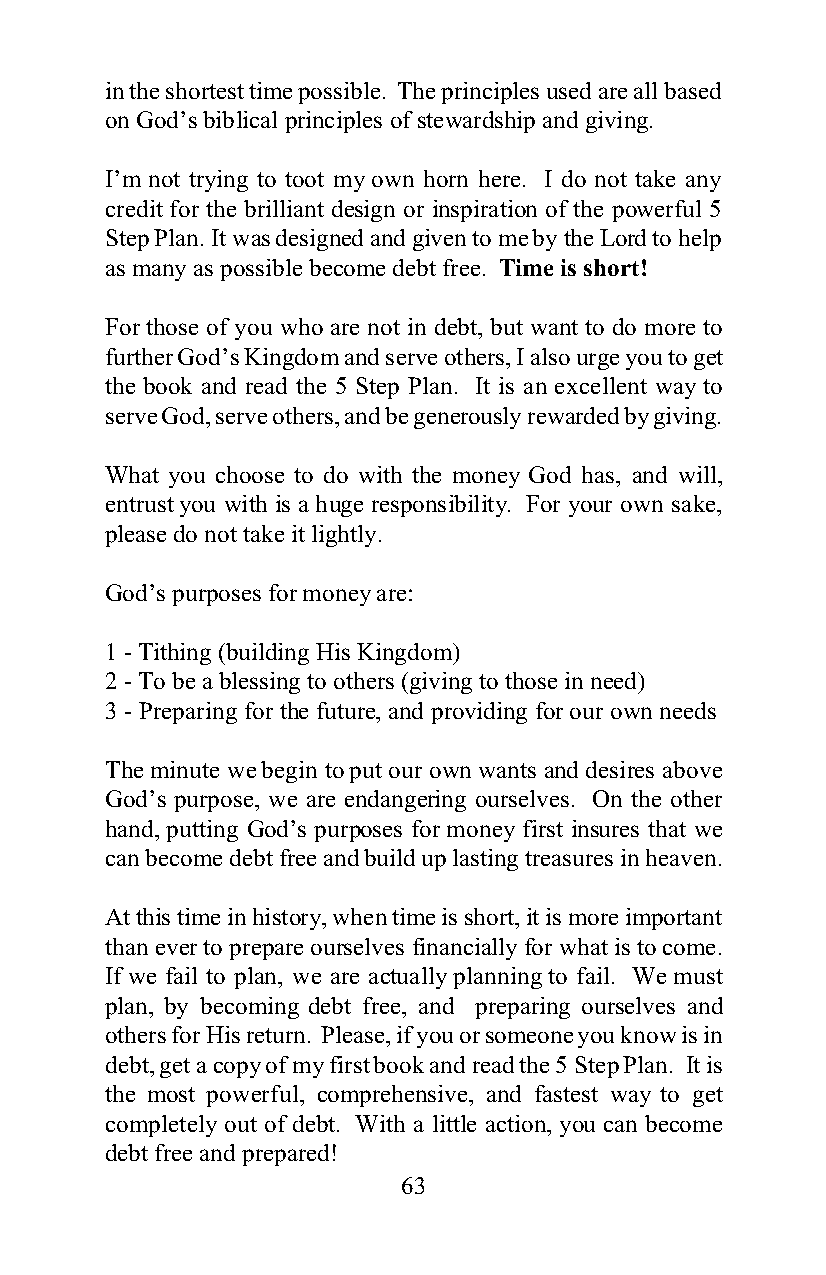
in the shortest time possible. The principles used are all based
 on God’s biblical principles of stewardship and giving.
 I’m not trying to toot my own horn here. I do not take any
 credit for the brilliant design or inspiration of the powerful 5
 Step Plan. It was designed and given to me by the Lord to help
 as many as possible become debt free. Time is short!
 For those of you who are not in debt, but want to do more to
 further God’s Kingdom and serve others, I also urge you to get
 the book and read the 5 Step Plan. It is an excellent way to
 serve God, serve others, and be generously rewarded by giving.
 What you choose to do with the money God has, and will,
 entrust you with is a huge responsibility. For your own sake,
 please do not take it lightly.
 God’s purposes for money are:
 1 - Tithing (building His Kingdom)
 2 - To be a blessing to others (giving to those in need)
 3 - Preparing for the future, and providing for our own needs
 The minute we begin to put our own wants and desires above
 God’s purpose, we are endangering ourselves. On the other
 hand, putting God’s purposes for money first insures that we
 can become debt free and build up lasting treasures in heaven.
 At this time in history, when time is short, it is more important
 than ever to prepare ourselves financially for what is to come.
 If we fail to plan, we are actually planning to fail. We must
 plan, by becoming debt free, and preparing ourselves and
 others for His return. Please, if you or someone you know is in
 debt, get a copy of my first book and read the 5 Step Plan. It is
 the most powerful, comprehensive, and fastest way to get
 completely out of debt. With a little action, you can become
 debt free and prepared!
 63